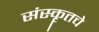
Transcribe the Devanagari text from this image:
संस्कॄतचे